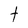
Character: t